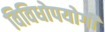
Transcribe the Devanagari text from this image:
विविधोपयोगी